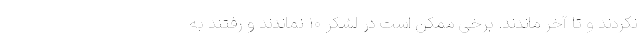
نکردند و تا آخر ماندند. برخی ممکن است در لشکر ۱۰ نماندند و رفتند به